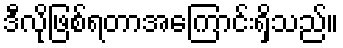
ဒီလိုဖြစ်ရတာအကြောင်းရှိသည်။